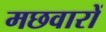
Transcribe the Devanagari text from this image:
मछवारों